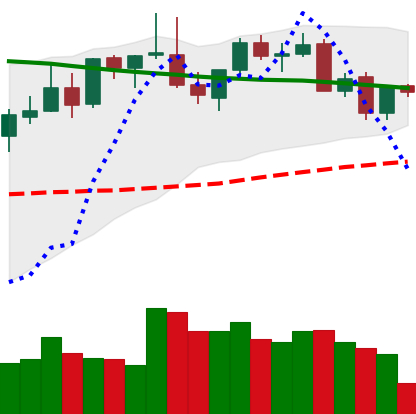
Ticker: LINK-USD
Chart end date: 2021-08-28
Forward return: 16.542%
Label: up_7plus